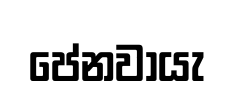
පේනවායැ